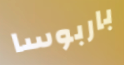
باربوسا